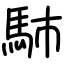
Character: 馷